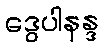
ဒွေပါနန္ဒ